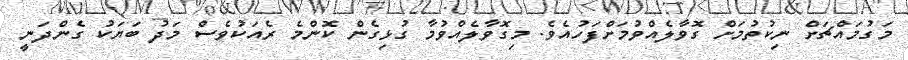
މަގުމައްޗަށް ނިކުތުމަށް ގޮވާލެއްވުމަށްފަހުއެވެ. މިގޮވާލެއްވުމާ ގުޅިގެން ކޮންމެ ރެއަކުވެސް މަދު ބަޔަކު ގެންދަނީ